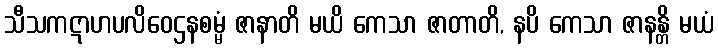
သီသကဋာဟပလိဝေဌနစမ္မံ ဇာနာတိ မယိ ကေသာ ဇာတာတိ, နပိ ကေသာ ဇာနန္တိ မယံ